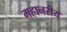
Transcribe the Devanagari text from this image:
महानरीय